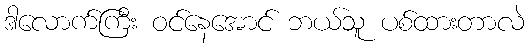
ဒါလောက်ကြီး ဝင်နေအောင် ဘယ်သူ ပစ်ထားတာလဲ